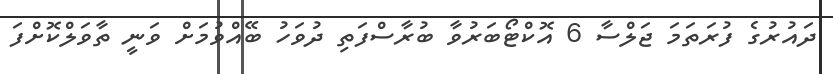
ދައުރުގެ ފުރަތަމަ ޖަލްސާ 6 އޮކްޓޯބަރުވާ ބުރާސްފަތި ދުވަހު ބޭއްވުމަށް ވަނީ ތާވަލްކޮށްފަ